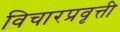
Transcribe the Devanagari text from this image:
विचारप्रवृत्ती